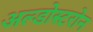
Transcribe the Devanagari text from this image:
अल्डोस्टरोन